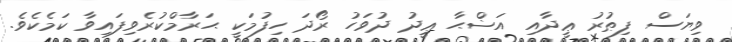
ވިޔަސް ފިޠުރު ޢީދާއި އަޟްޙާ ޢީދު ދުވަހު ރޯދަ ހިފުމަކީ ޙަރާމްކުރެވިފައިވާ ކަމެކެވެ.